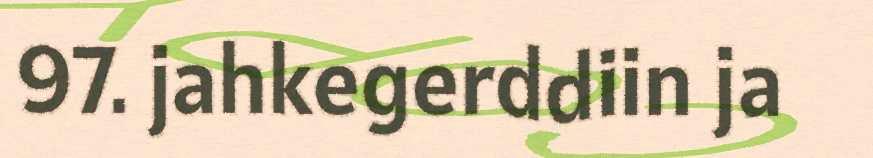
97. jahkegerddiin ja